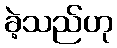
ခဲ့သည်ဟု